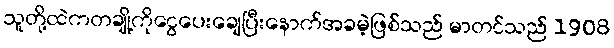
သူတို့ထဲကတချို့ကိုငွေပေးချေပြီးနောက်အခမဲ့ဖြစ်သည် မာတင်သည် 1908